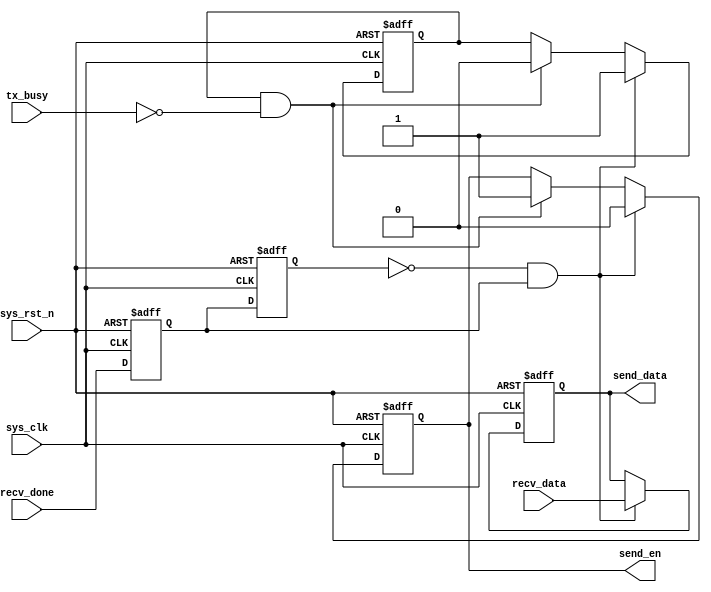
//****************************************Copyright (c)***********************************//
//www.yuanzige.com
//www.openedv.com
//http://openedv.taobao.com 
//""ZYNQ & FPGA & STM32 & LINUX
//
//Copyright(C)  2018-2028
//All rights reserved	                               
//----------------------------------------------------------------------------------------
// File name:           uart_loop
// Last modified Date:  2019/10/8 17:25:36
// Last Version:        V1.1
// Descriptions:        
//----------------------------------------------------------------------------------------
// Created by:          
// Created date:        2019/10/8 17:25:36
// Version:             V1.0
// Descriptions:        The original version
//
//----------------------------------------------------------------------------------------
//****************************************************************************************//

module uart_loop(
    input	         sys_clk,                   //
    input            sys_rst_n,                 //
     
    input            recv_done,                 //
    input      [7:0] recv_data,                 //
     
    input            tx_busy,                   //      
    output reg       send_en,                   //
    output reg [7:0] send_data                  //
    );

//reg define
reg recv_done_d0;
reg recv_done_d1;
reg tx_ready;

//wire define
wire recv_done_flag;

//*****************************************************
//**                    main code
//*****************************************************

//recv_done
assign recv_done_flag = (~recv_done_d1) & recv_done_d0;
                                                 
//recv_done
always @(posedge sys_clk or negedge sys_rst_n) begin         
    if (!sys_rst_n) begin
        recv_done_d0 <= 1'b0;                                  
        recv_done_d1 <= 1'b0;
    end                                                      
    else begin                                               
        recv_done_d0 <= recv_done;                               
        recv_done_d1 <= recv_done_d0;                            
    end
end

//
always @(posedge sys_clk or negedge sys_rst_n) begin         
    if (!sys_rst_n) begin
        tx_ready  <= 1'b0; 
        send_en   <= 1'b0;
        send_data <= 8'd0;
    end                                                      
    else begin                                               
        if(recv_done_flag)begin                 //
            tx_ready  <= 1'b1;                  //
            send_en   <= 1'b0;
            send_data <= recv_data;             //
        end
        else if(tx_ready && (~tx_busy)) begin   //
            tx_ready <= 1'b0;                   //
            send_en  <= 1'b1;                   //
        end
    end
end

endmodule